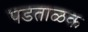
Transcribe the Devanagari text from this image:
पडताळक